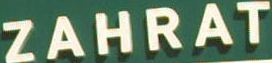
ZAHRAT